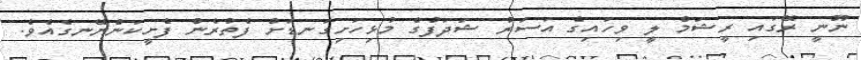
ނޫނީ ރޭގައި ރީޝަމް ލީ ވިހައިގެ އަސަރު ޝަދަފުގެ މުޅިހަށިގަނޑަށް ފެތުރެން ފެށީކަންނޭނގެއެވެ.